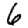
Digit: 6